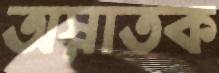
অস্নাতক